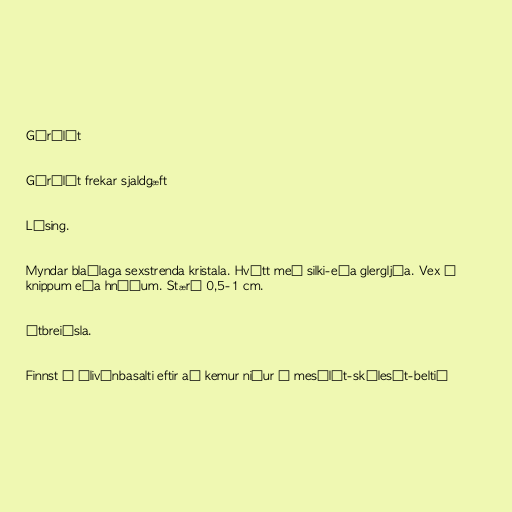
Gýrólít

Gýrólít frekar sjaldgæft

Lýsing.

Myndar blaðlaga sexstrenda kristala. Hvítt með silki-eða glergljáa. Vex í
knippum eða hnúðum. Stærð 0,5-1 cm.

Útbreiðsla.

Finnst í ólivínbasalti eftir að kemur niður í mesólít-skólesít-beltið